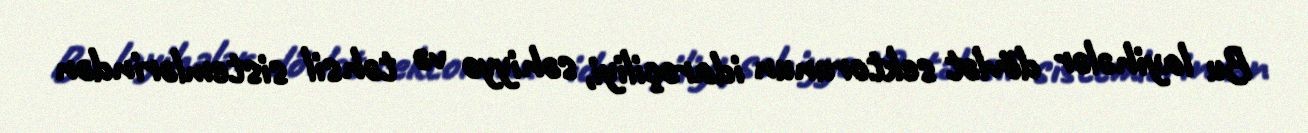
Bu layihələr dövlət sektorunun idarəçiliyi, səhiyyə və təhsil sistemlərindən